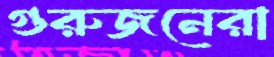
গুরুজনেরা